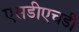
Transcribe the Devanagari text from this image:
एसडीएचडी